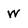
Character: w